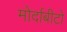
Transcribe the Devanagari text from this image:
मोर्दाबीटो